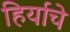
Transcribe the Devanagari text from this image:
हिर्याचे